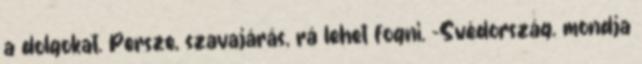
a dolgokat. Persze, szavajárás, rá lehet fogni. -Svédország. mondja